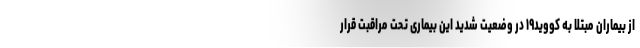
از بیماران مبتلا به کووید۱۹ در وضعیت شدید این بیماری تحت مراقبت قرار